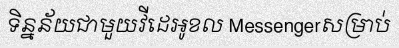
ទិន្នន័យជាមួយវីដេអូខល Messengerសម្រាប់